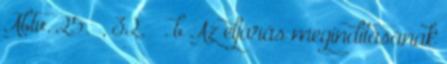
Abtv. 25. §, 32. § . b Az eljárás megindításának